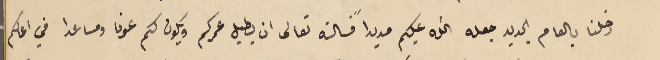
دخلنا بالعام الجديد جعله الله عليكم مديداً فسالته تعالى ان يطيل عمركم ويكون لكم عونا ومساعدا في اعمالكم